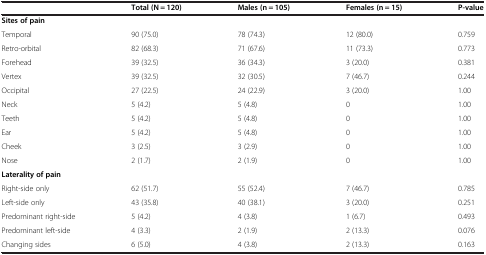
|  | Total (N = 120) | Males (n = 105) | Females (n = 15) | P-value |
 | --- | --- | --- | --- | --- |
 | Sites of pain |  |  |  |  |
 | Temporal | 90 (75.0) | 78 (74.3) | 12 (80.0) | 0.759 |
 | Retro-orbital | 82 (68.3) | 71 (67.6) | 11 (73.3) | 0.773 |
 | Forehead | 39 (32.5) | 36 (34.3) | 3 (20.0) | 0.381 |
 | Vertex | 39 (32.5) | 32 (30.5) | 7 (46.7) | 0.244 |
 | Occipital | 27 (22.5) | 24 (22.9) | 3 (20.0) | 1.00 |
 | Neck | 5 (4.2) | 5 (4.8) | 0 | 1.00 |
 | Teeth | 5 (4.2) | 5 (4.8) | 0 | 1.00 |
 | Ear | 5 (4.2) | 5 (4.8) | 0 | 1.00 |
 | Cheek | 3 (2.5) | 3 (2.9) | 0 | 1.00 |
 | Nose | 2 (1.7) | 2 (1.9) | 0 | 1.00 |
 | Laterality of pain |  |  |  |  |
 | Right-side only | 62 (51.7) | 55 (52.4) | 7 (46.7) | 0.785 |
 | Left-side only | 43 (35.8) | 40 (38.1) | 3 (20.0) | 0.251 |
 | Predominant right-side | 5 (4.2) | 4 (3.8) | 1 (6.7) | 0.493 |
 | Predominant left-side | 4 (3.3) | 2 (1.9) | 2 (13.3) | 0.076 |
 | Changing sides | 6 (5.0) | 4 (3.8) | 2 (13.3) | 0.163 |